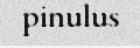
pinulus